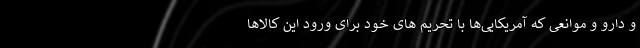
و دارو و موانعی که آمریکایی‌ها با تحریم های خود برای ورود این کالاها